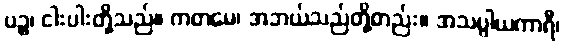
ပဉ္စ၊ ငါးပါးတို့သည်။ ကတမေ၊ အဘယ်သည်တို့တည်း။ အသပ္ပါယကာရီ၊